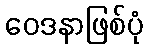
ဝေဒနာဖြစ်ပုံ